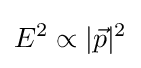
E^{2}\propto |{\vec {p}}|^{2}